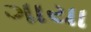
ગાયા